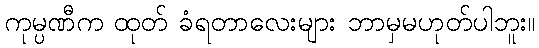
ကုမ္ပဏီက ထုတ် ခံရတာလေးများ ဘာမှမဟုတ်ပါဘူး။